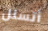
أتسلل